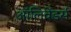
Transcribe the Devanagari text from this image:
ऑलिवेंडर्स